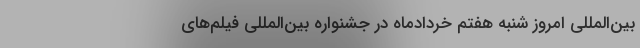
بین‌المللی امروز شنبه هفتم خردادماه در جشنواره بین‌المللی فیلم‌های